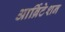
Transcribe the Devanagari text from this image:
आर्ब्रिटेशन